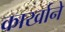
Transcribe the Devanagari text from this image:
कार्खाने